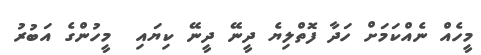
މީހެއް ނެއްކަމަށް ހަދާ ފޮތްލިޔެ ދީނޭ ދީނޭ ކިޔައި  މީހުންގެ އަބުރު